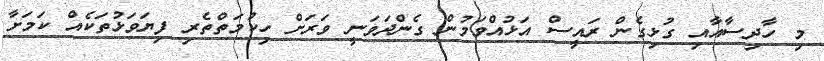
މި ހާދިސާއާއި ގުޅިގެން ރައީސް އަޅުއްވަމުން ގެންދަވަނީ ވަރަށް ހިކުމަތްތެރި ފިޔަވަޅުތަކެއް ކަމަށާ